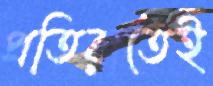
প্রতিরাতেই